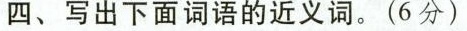
四、下面词语的近义词。(6分)